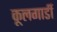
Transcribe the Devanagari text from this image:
कूलगार्डी